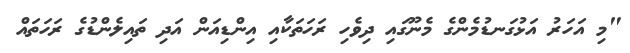
"މި އަހަރު އަޅުގަނޑުމެންގެ މެނޫގައި ދިވެހި ރަހަތަކާއި އިންޑިއަން އަދި ތައިލެންޑުގެ ރަހަތައް